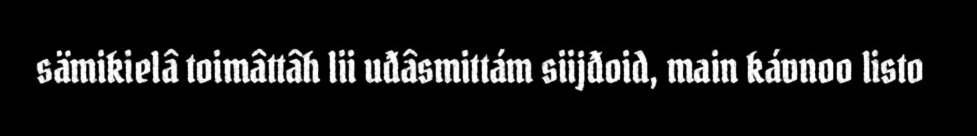
sämikielâ toimâttâh lii uđâsmittám siijđoid, main kávnoo listo